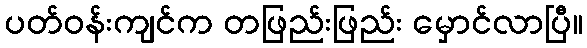
ပတ်ဝန်းကျင်က တဖြည်းဖြည်း မှောင်လာပြီ။